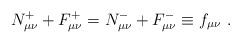
LaTeX: \begin{align*}N^{+}_{\mu\nu} +F^{+}_{\mu\nu} =N^{-}_{\mu\nu}+F^{-}_{\mu\nu}\equiv f_{\mu\nu}\ .\end{align*}